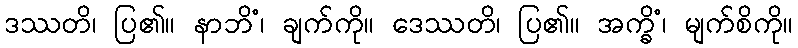
ဒဿတိ၊ ပြ၏။ နာဘိံ၊ ချက်ကို။ ဒေဿတိ၊ ပြ၏။ အက္ခိံ၊ မျက်စိကို။